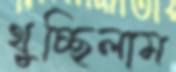
থুচ্ছিলাম